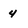
Character: 4